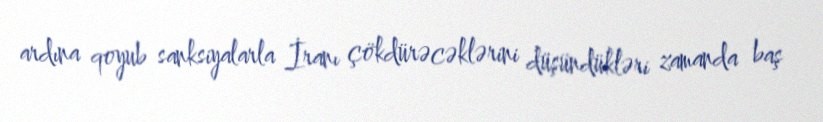
ardına qoyub sanksiyalarla İranı çökdürəcəklərini düşündükləri zamanda baş